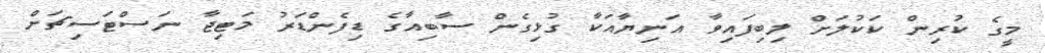
މީގެ ކުރިން ކަކުލަށް ލިބިފައިވާ އަނިޔާއަކާ ގުޅިގެން ސާބިއާގެ ޑިފެންޑަރު މަޓިޖާ ނަސްޓަސިޗަށް